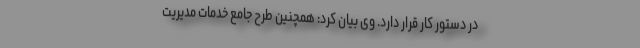
در دستور کار قرار دارد. وی بیان کرد: همچنین طرح جامع خدمات مدیریت